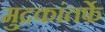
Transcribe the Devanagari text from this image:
मुद्रकांतर्फे